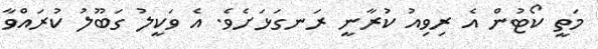
މަތީ ކޯޓުން އެ ރިވިއު ކުރާނީ ރަނގަޅަށެވެ. އެ ވަކީލު ގަބޫލު ކުރައްވާ